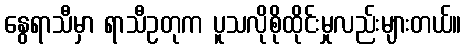
နွေရာသီမှာ ရာသီဥတုက ပူသလိုစိုထိုင်းမှုလည်းများတယ်။